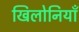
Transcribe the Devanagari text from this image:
खिलोनियाँ